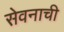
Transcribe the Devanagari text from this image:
सेवनाची